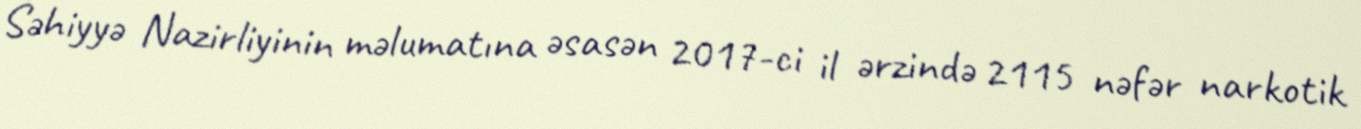
Səhiyyə Nazirliyinin məlumatına əsasən 2017-ci il ərzində 2115 nəfər narkotik